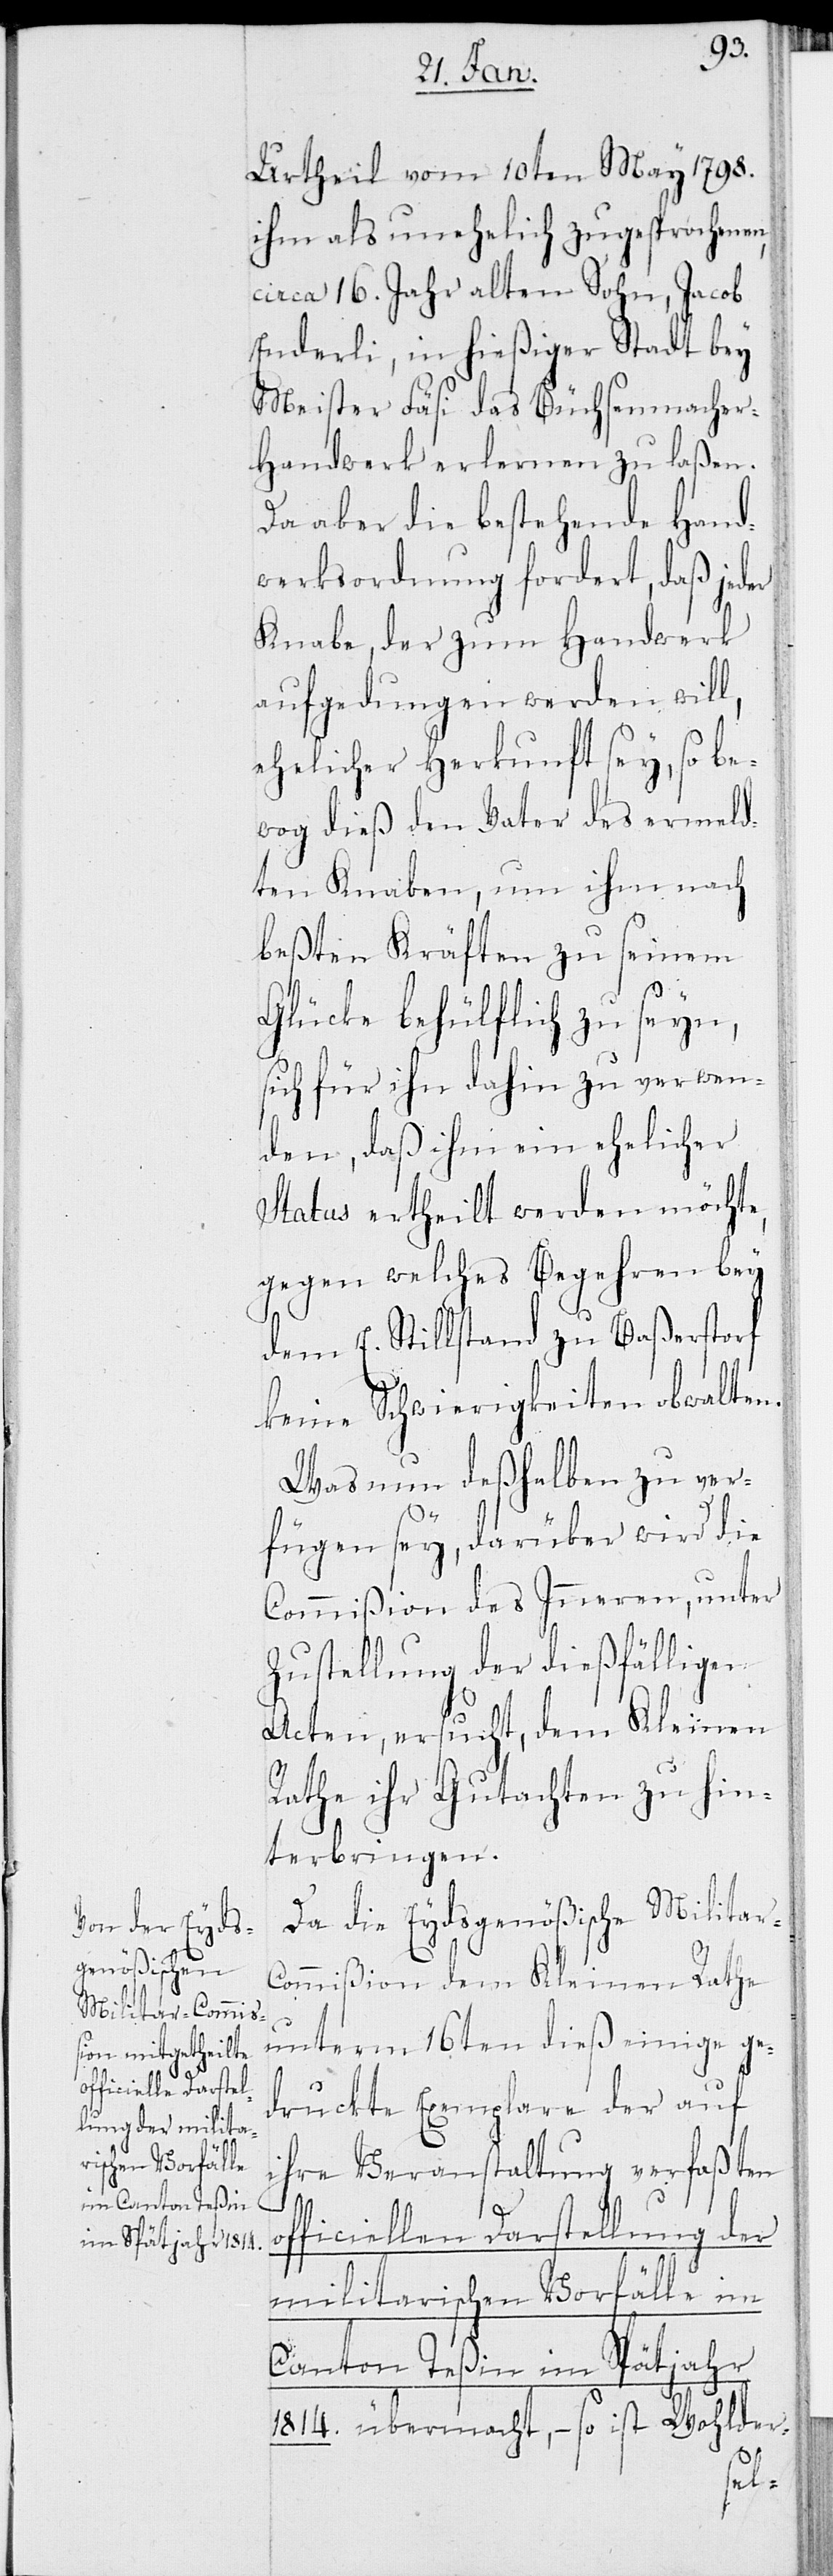
Urtheil vom 10ten März 1798.
ihm als unehelich zugesprochenen,
circa 16. Jahr alten Sohn, Jacob
Enderli, in hießiger Stadt bey
Meister Fäsi das Büchsenmache¬
r-Handwerk erlernen zu laßen.
Da aber die bestehende Hand¬
werksordnung fordert, daß jeder
Knabe, der zum Handwerk
aufgedungen werden will,
ehelicher Herkunft sey, so be¬
wog dieß den Vater des ermeld¬
ten Knaben, um ihm nach
besten Kräften zu seinem
Glücke behülflich zu seyn,
sich für ihn dahin zu verwen¬
den, daß ihm ein ehelicher
Status ertheilt werden möchte,
gegen welches Begehren bey
dem E. Stillstand zu Baßerstorf
keine Schwierigkeiten obwalten.
Was nun deßhalben zu ver¬
fügen sey, darüber wird die
Commißion des Inneren, unter
Zustellung der dießfälligen
Acten, ersucht, dem Kleinen
Rathe ihr Gutachten zu hin¬
terbringen.
Da die Eydsgenößische Militar-C¬
ommißion dem Kleinen Rathe
unterm 16ten dieß einige ge¬
druckte Exemplare der auf
ihre Veranstaltung verfaßten
of¬
ficiellen Darstellung der
militarischen Vorfälle im
Canton Teßin im Spätjahr
1814. übermacht, – so ist Wohlder-